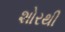
શોરથી